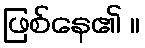
ဖြစ်နေ၏ ။